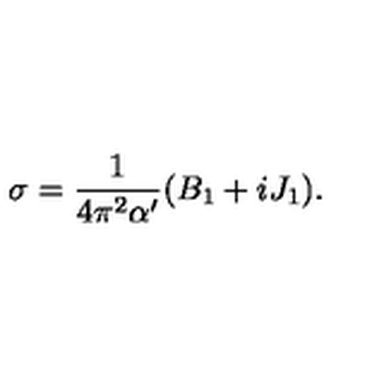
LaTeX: \sigma = \frac 1 { 4 \pi ^ { 2 } \alpha ^ { \prime } } ( B _ { 1 } + i J _ { 1 } ) .